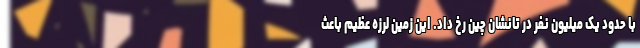
با حدود یک میلیون نفر در تانشان چین رخ داد. این زمین لرزه عظیم باعث